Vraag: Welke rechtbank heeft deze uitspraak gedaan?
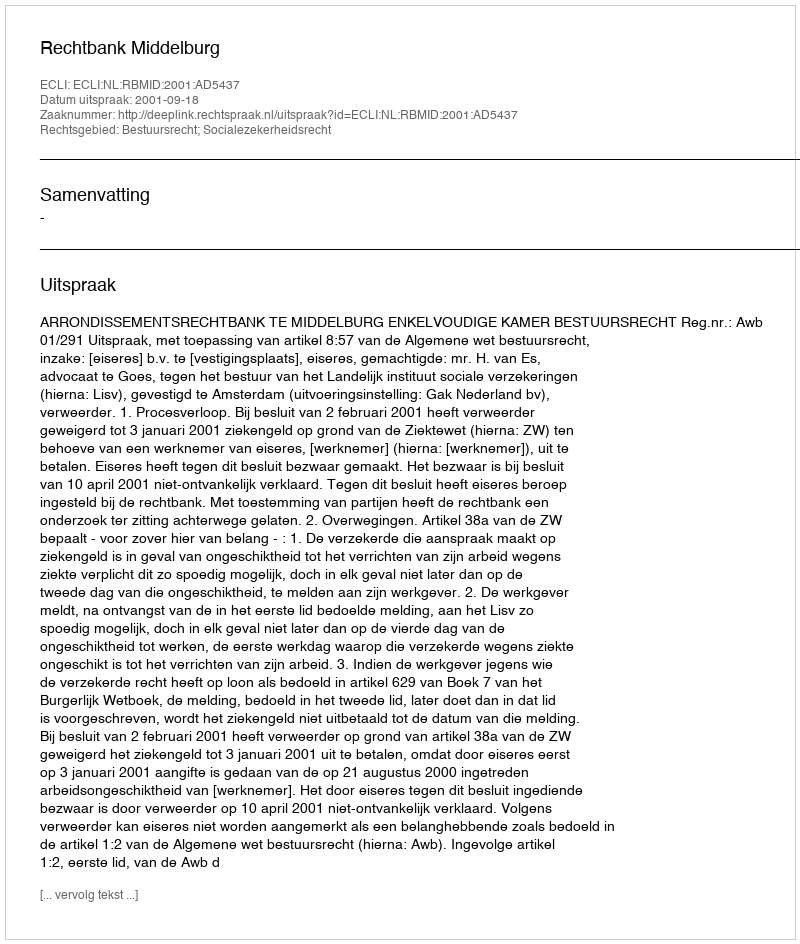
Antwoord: Rechtbank Middelburg